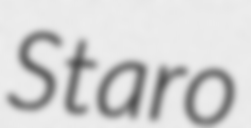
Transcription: Staro